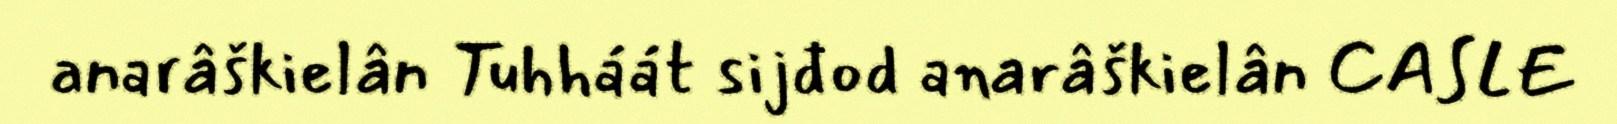
anarâškielân Tuhháát sijđod anarâškielân CASLE